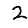
Digit: 2